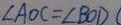
\angle A O C = \angle B O D